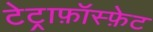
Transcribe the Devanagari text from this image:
टेट्राफ़ॉस्फ़ेट